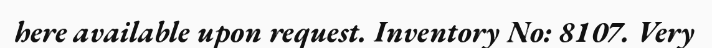
here available upon request. Inventory No: 8107. Very